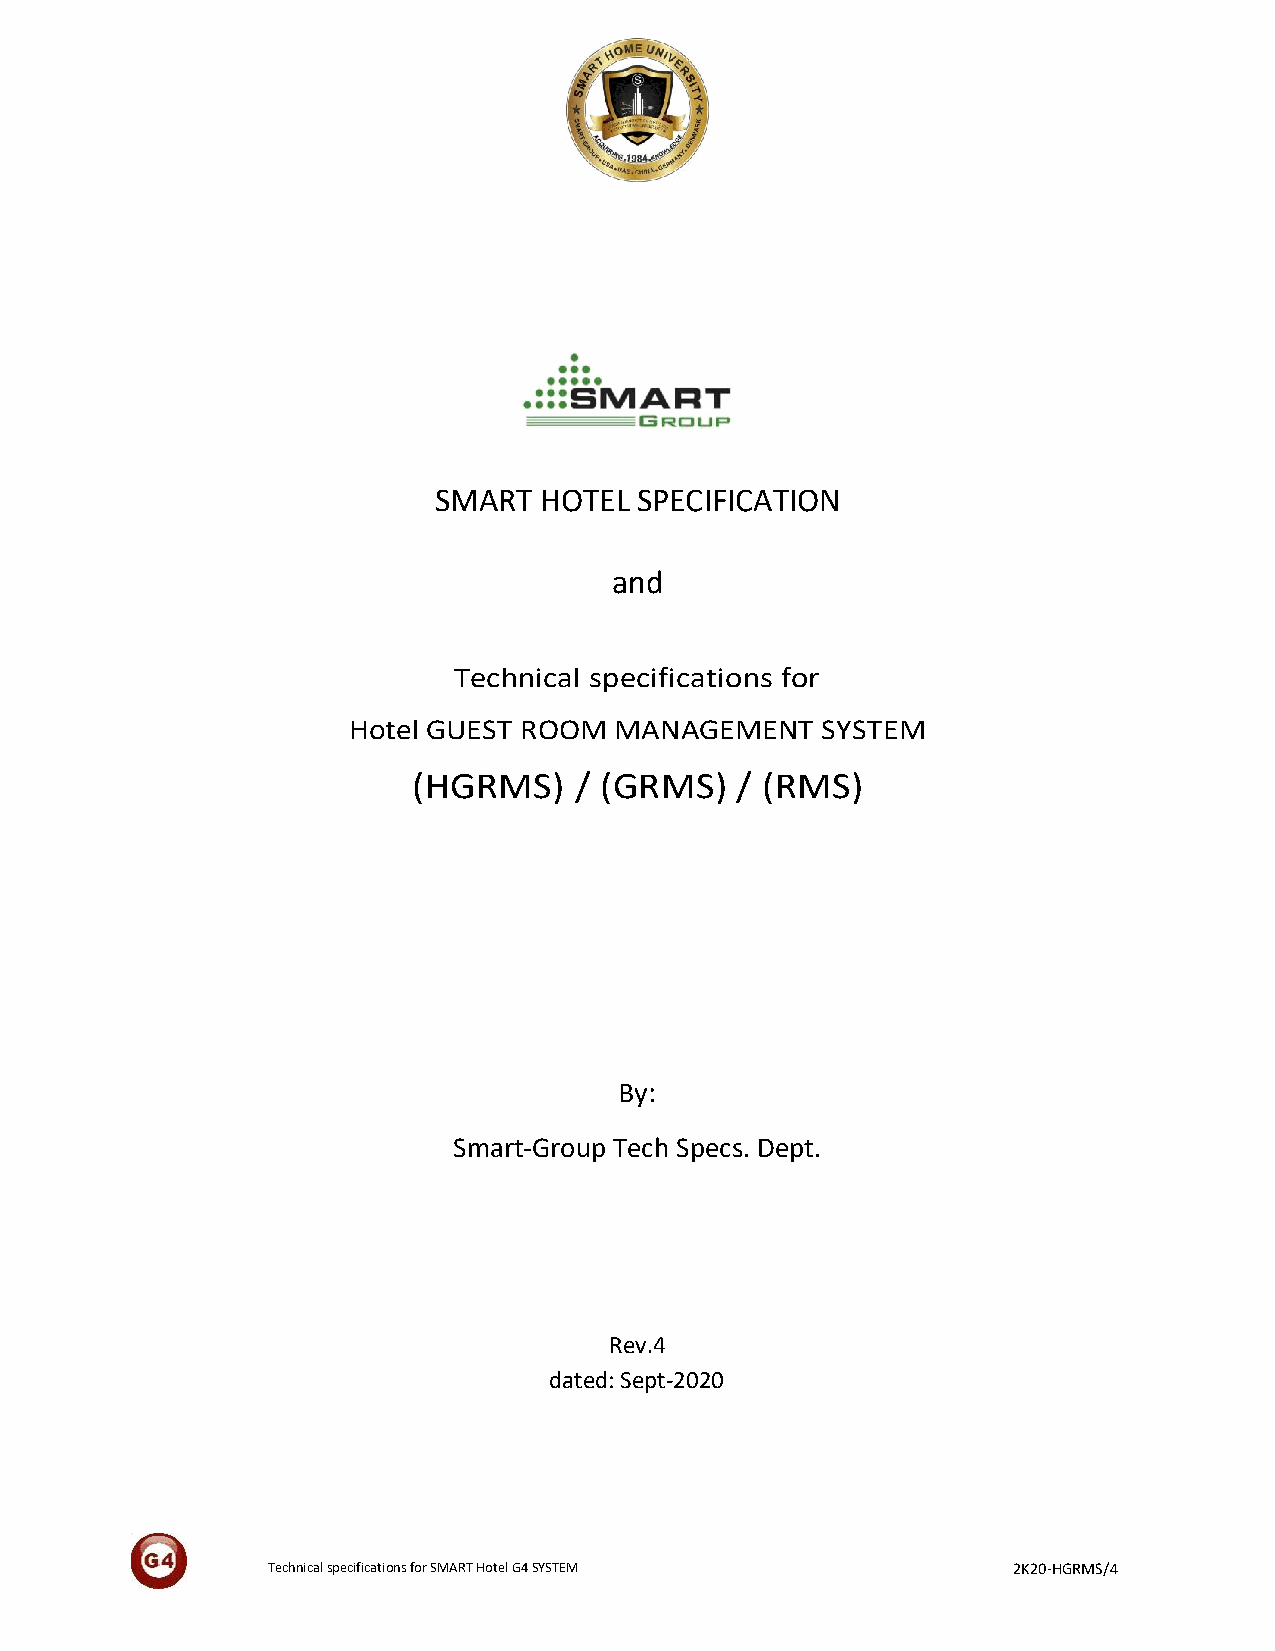
SMART  HOTEL SPECIFICATION
 and
 Technical specifications for
 Hotel GUEST ROOM  MANAGEMENT   SYSTEM
 (HGRMS)    / (GRMS)   / (RMS)
 By:
 Smart-Group Tech Specs. Dept.
 Rev.4
 dated: Sept-2020
 Technical specifications for SMART Hotel G4 SYSTEM 2K20-HGRMS/4